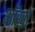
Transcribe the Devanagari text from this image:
ऑखों